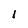
Character: 1